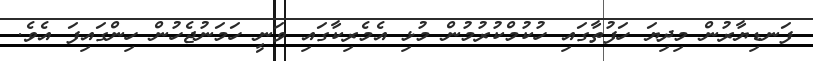
ފަނޑިޔާރުން މިދިޔަ ހަފުތާގައި ހުކުމްކުރުމުން މުޅި އެމެރިކާގައި ވަނީ ހަމަނުޖެހުން ހިންގައިފަ އެވެ.